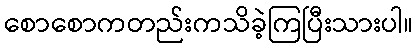
စောစောကတည်းကသိခဲ့ကြပြီးသားပါ။